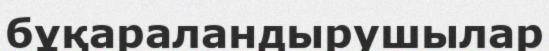
бұқараландырушылар